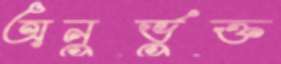
অনুর্ভুক্ত